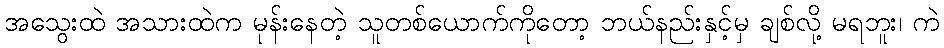
အသွေးထဲ အသားထဲက မုန်းနေတဲ့ သူတစ်ယောက်ကိုတော့ ဘယ်နည်းနှင့်မှ ချစ်လို့ မရဘူး၊ ကဲ